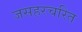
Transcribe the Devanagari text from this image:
जसहरचरित